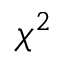
\chi ^ { 2 }